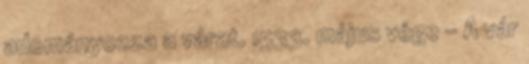
adományozza a várat. 1533. május vége – A vár